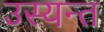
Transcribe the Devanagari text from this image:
उस्यन्त